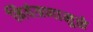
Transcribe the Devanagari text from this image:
नियंत्रणामुळे